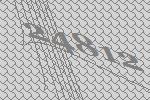
24812